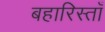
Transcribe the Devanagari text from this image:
बहारिस्ताँ